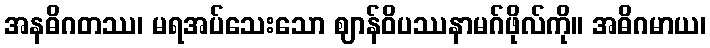
အနဓိဂတဿ၊ မရအပ်သေးသော ဈာန်ဝိပဿနာမဂ်ဖိုလ်ကို။ အဓိဂမာယ၊